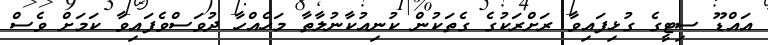
އައްޑޫ ސިޓީގެ ގުޅިފައިވާ ރަށްރަކުގެ ގެތަކުން ކުނިއުކާނުލާތާ މަހެއްހާ ދުވަސްވެފައިވާ ކަމަށް ވެސް